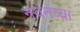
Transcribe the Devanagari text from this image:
नवनव्‍या